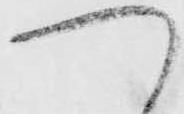
つ